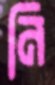
নি